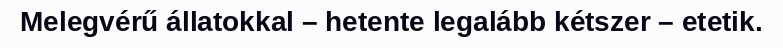
Melegvérű állatokkal – hetente legalább kétszer – etetik.